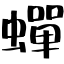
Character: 蟬